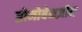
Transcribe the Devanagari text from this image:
ब्रोमोबेनज़ीन